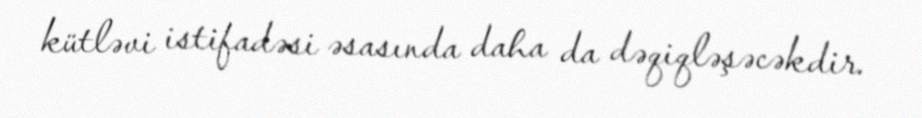
kütləvi istifadəsi əsasında daha da dəqiqləşəcəkdir.